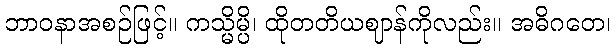
ဘာဝနာအစဉ်ဖြင့်။ ကသ္မိမ္ပိ၊ ထိုတတိယဈာန်ကိုလည်း။ အဓိဂတေ၊